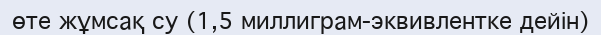
өте жұмсақ су (1,5 миллиграм-эквивлентке дейін)